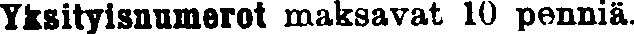
Yksityisnumerot maksavat 10 penniä.